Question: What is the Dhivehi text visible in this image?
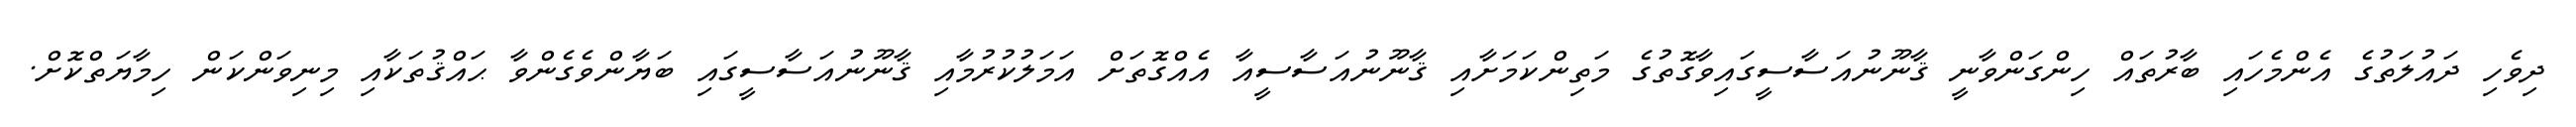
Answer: ދިވެހި ދައުލަތުގެ އެންމެހައި ބާރުތައް ހިންގަންވާނީ ޤާނޫނުއަސާސީގައިވާގޮތުގެ މަތިންކަމަށާއި ޤާނޫނުއަސާސީއާ އެއްގޮތަށް އަމަލުކުރުމާއި ޤާނޫނުއަސާސީގައި ބަޔާންވެގެންވާ ޙައްޤުތަކާއި މިނިވަންކަން ހިމާޔަތްކޮށް.